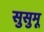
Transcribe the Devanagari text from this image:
सुसुमू